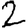
Digit: 2